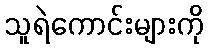
သူရဲကောင်းများကို